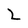
Character: 2